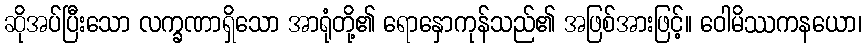
ဆိုအပ်ပြီးသော လက္ခဏာရှိသော အာရုံတို့၏ ရောနှောကုန်သည်၏ အဖြစ်အားဖြင့်။ ဝေါမိဿကနယော၊